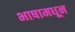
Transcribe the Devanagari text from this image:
भाषामधून